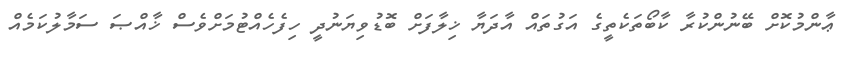
ޢާންމުކޮށް ބޭނުންކުރާ ކާބޯތަކެތީގެ އަގުތައް އާދަޔާ ޚިލާފަށް ބޮޑުވިޔަނުދީ ހިފެހެއްޓުމަށްވެސް ޚާއްޞަ ސަމާލުކަމެއް